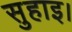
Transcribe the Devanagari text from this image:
सुहाइ।